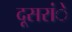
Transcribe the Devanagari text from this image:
दूसरांे